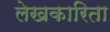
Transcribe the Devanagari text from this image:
लेखकारिता